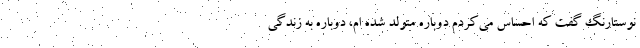
نوستارنگ گفت که احساس می‌کردم دوباره متولد شده ام، دوباره به زندگی